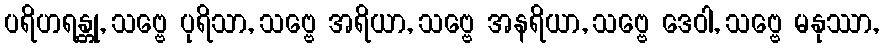
ပရိဟရန္တု, သဗ္ဗေ ပုရိသာ, သဗ္ဗေ အရိယာ, သဗ္ဗေ အနရိယာ, သဗ္ဗေ ဒေဝါ, သဗ္ဗေ မနုဿာ,